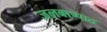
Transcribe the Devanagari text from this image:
जलबाष्पात